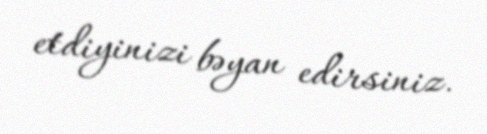
etdiyinizi bəyan edirsiniz.